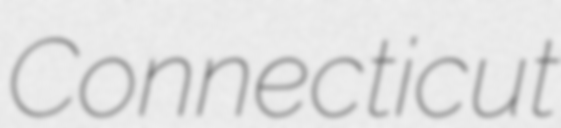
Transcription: Connecticut